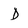
Character: D